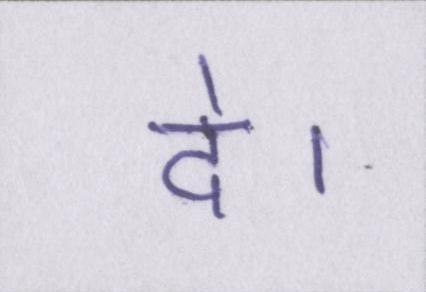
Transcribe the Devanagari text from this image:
दे।